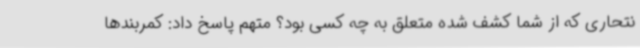
نتحاری که از شما کشف شده متعلق به چه کسی بود؟ متهم پاسخ داد: کمربندها